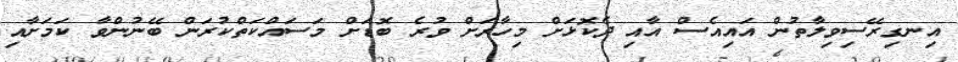
އިނގިރޭސިވިލާތުން އައިއެސް އާއި ދެކޮޅަށް މިހާރަށް ވުރެ ބޮޑަށް މަސައްކަތްކުރަން ބޭނުންވާ ކަމަށާއި